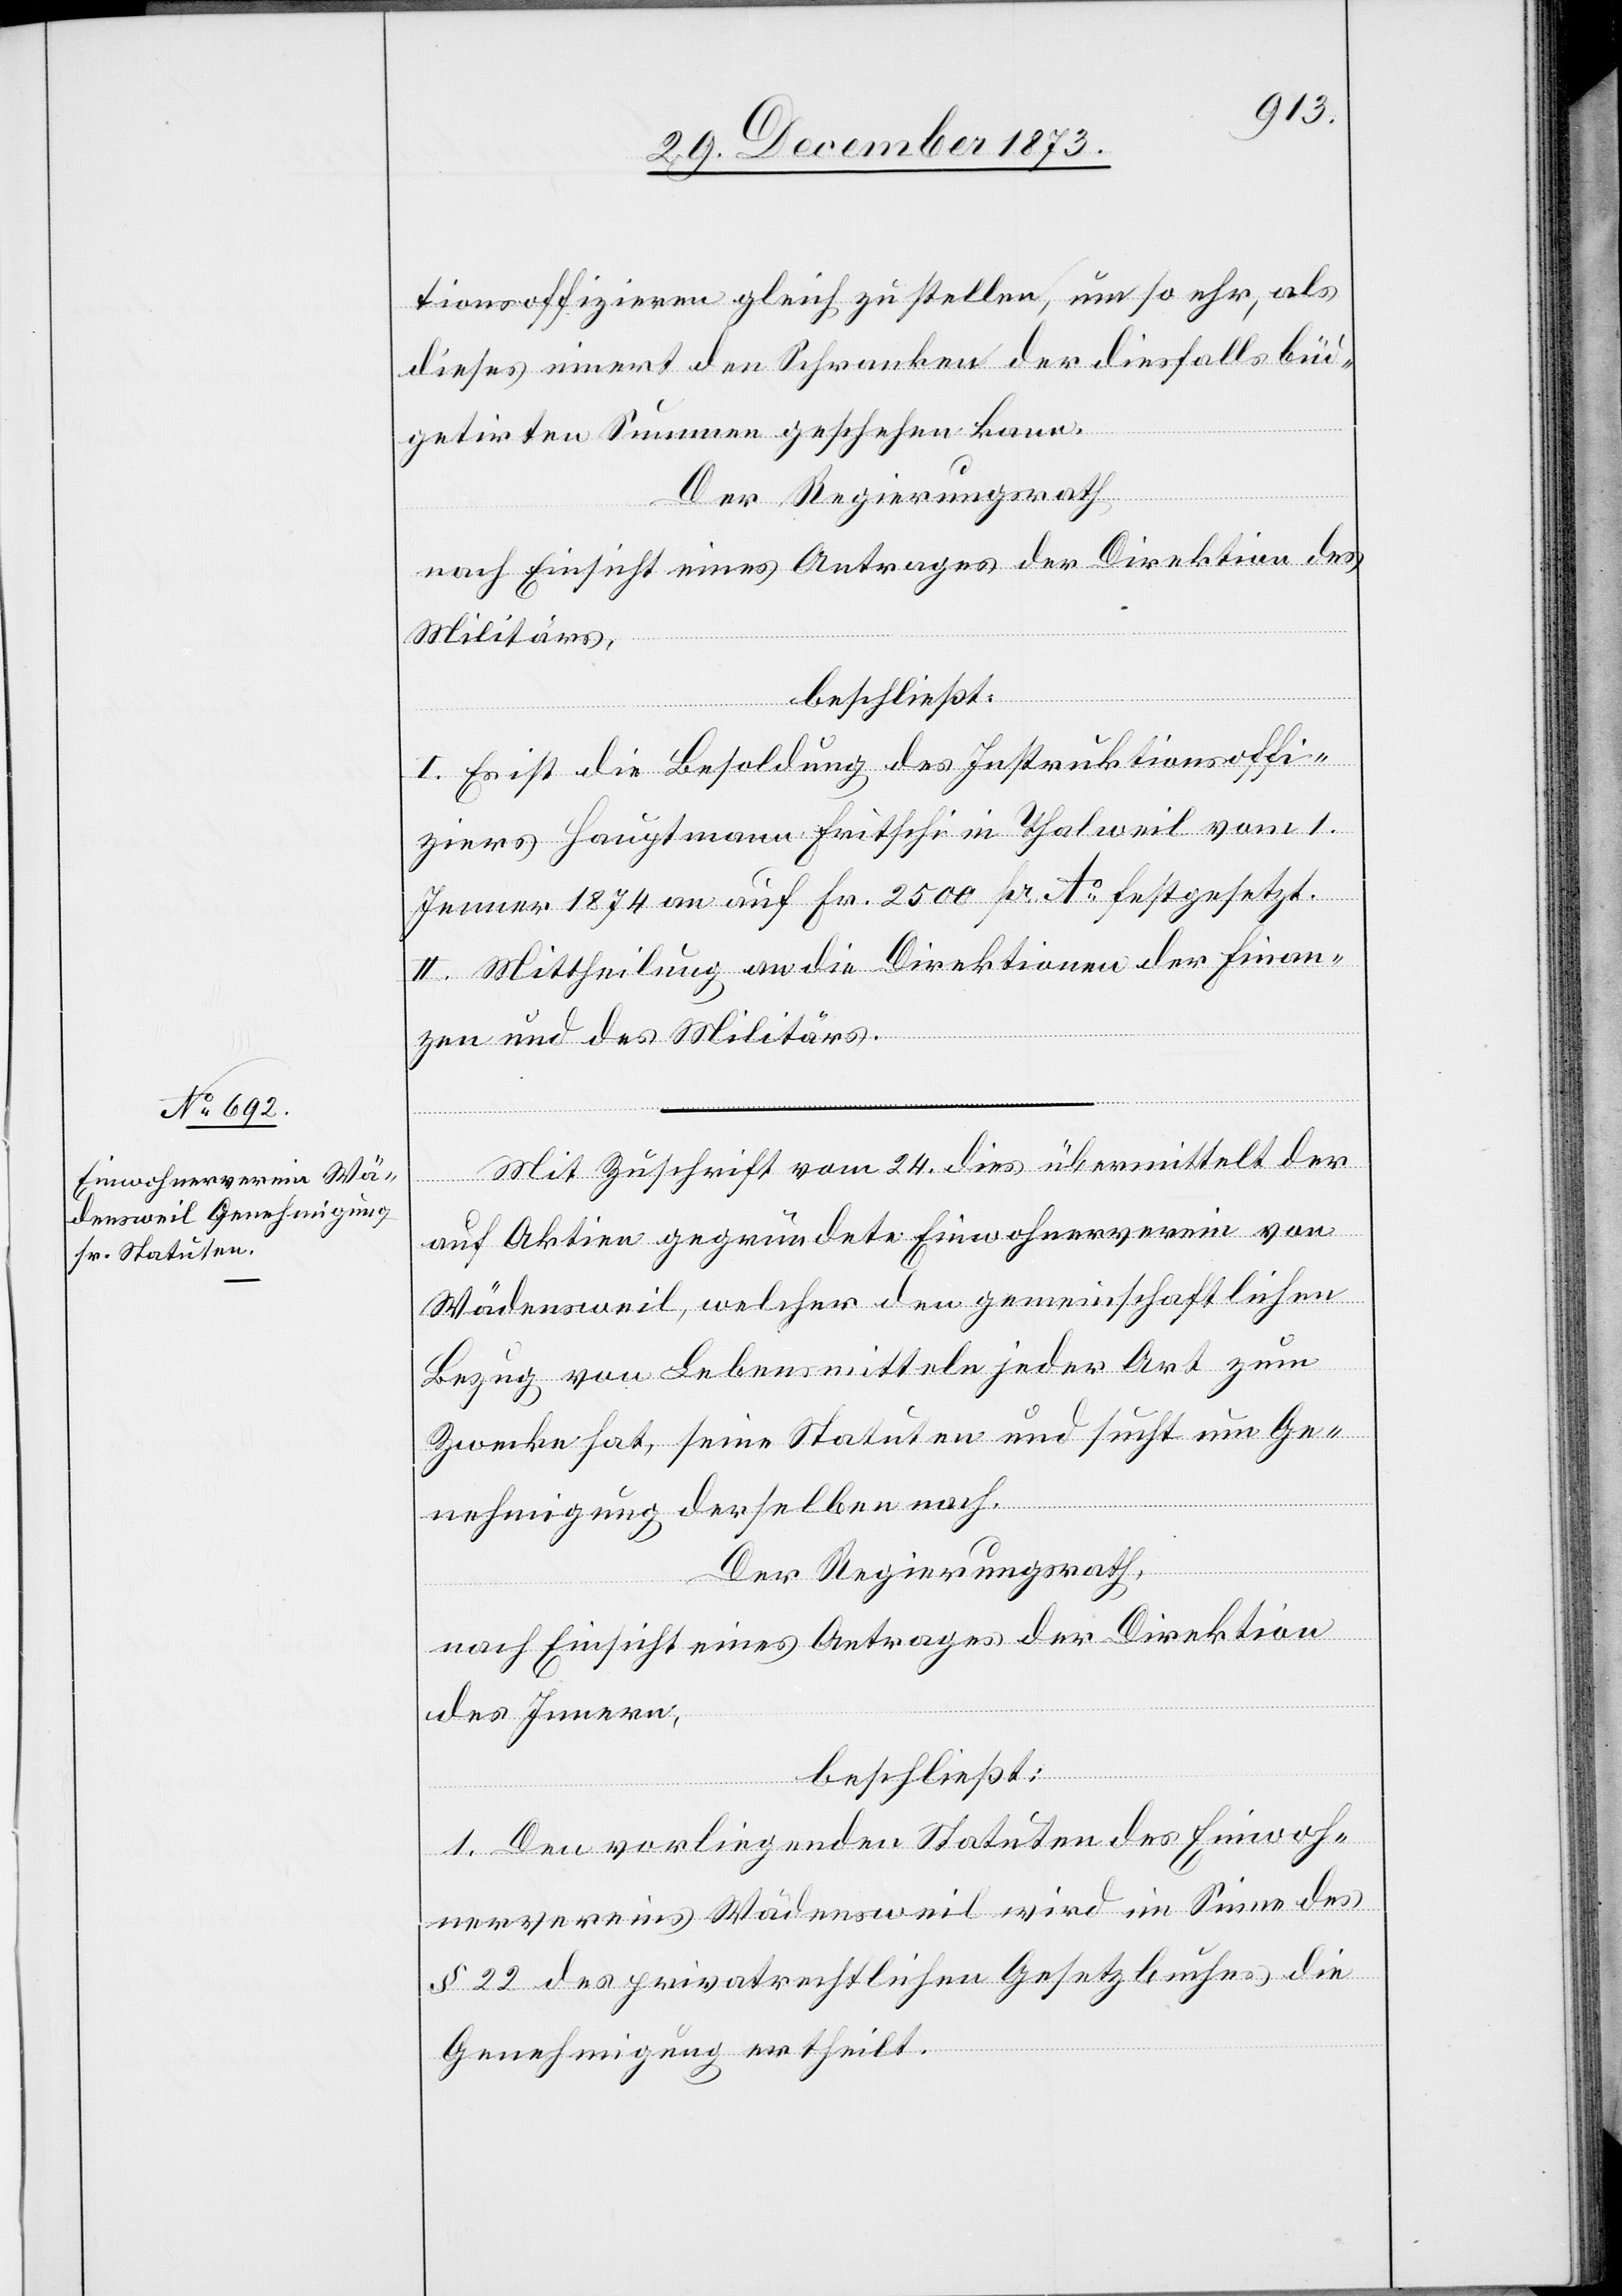
tionsoffizieren gleich zu stellen, um so eh[e]r, als
dieses innert den Schranken der diesfalls büd¬
getirten Summen geschehen kann.
Der Regierungsrath
nach Einsicht eines Antrages der Direktion des
Militärs,
beschließt:
I. Es ist die Besoldung des Instruktionsoffi¬
ziers Hauptmann Fritschi in Thalweil vom 1.
Jenner 1874 an auf Fr. 2500 pr Ao festgesetzt.
II. Mittheilung an die Direktionen der Finan¬
zen und des Militärs.
Mit Zuschrift vom 24. dies übermittelt der
auf Aktien gegründete Einwohnerverein von
Wädensweil, welcher den gemeinschaftlichen
Bezug von Lebensmitteln jeder Art zum
Zwecke hat, seine Statuten und sucht um Ge¬
nehmigung derselben nach.
Der Regierungsrath,
nach Einsicht eines Antrages der Direktion
des Innern,
beschließt:
1. Den vorliegenden Statuten des Einwoh¬
nervereins Wädensweil wird im Sinne des
§ 22 des privatrechtlichen Gesetzbuches die
Genehmigung ertheilt.